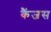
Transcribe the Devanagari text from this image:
कैंजस